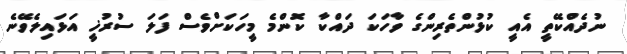
ނުދެއްކޭތީ އެއީ ކުޅުންތެރިންގެ ވާހަކަ ދައްކާ ކޮންމެ މީހަކަށްވެސް ފަލަ ސުރުޚީ އަޅައިލެވޭނެ